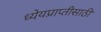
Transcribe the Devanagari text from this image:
ध्येयप्राप्तीसाठी